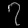
Digit: ၇